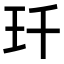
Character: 𤣳